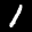
Label: 1